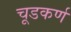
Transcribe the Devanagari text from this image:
चूडकर्ण